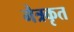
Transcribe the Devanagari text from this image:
मैत्रकृत